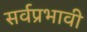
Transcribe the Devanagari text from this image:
सर्वप्रभावी